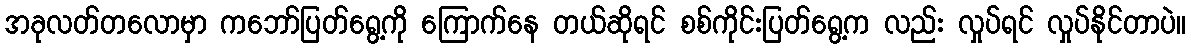
အခုလတ်တလောမှာ ကဘော်ပြတ်ရွေ့ကို ကြောက်နေ တယ်ဆိုရင် စစ်ကိုင်းပြတ်ရွေ့က လည်း လှုပ်ရင် လှုပ်နိုင်တာပဲ။